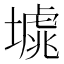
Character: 𡐸